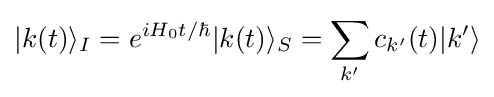
|k(t)\rangle _{I}=e^{iH_{0}t/\hbar }|k(t)\rangle _{S}=\sum _{k'}c_{k'}(t)|k'\rangle